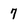
Character: 7